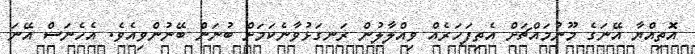
އޮތިއްޔާ އޭނަގެ މޫނުމައްޗަށް އެތިފަހަރެއް ވިއްލާލުން ރަނގަޅުވާނެކަމަށް ބުނަން ބޭނުންވިއެވެ. އެހެނަސް އޭނަ